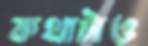
কথাটাও